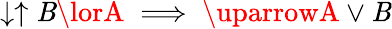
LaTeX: \downarrow\uparrow\mathit{B}\lorA\implies\uparrowA\lor\mathit{B}